Sketch of the medical history of the native army of Bombay, for the year
Year: 1870
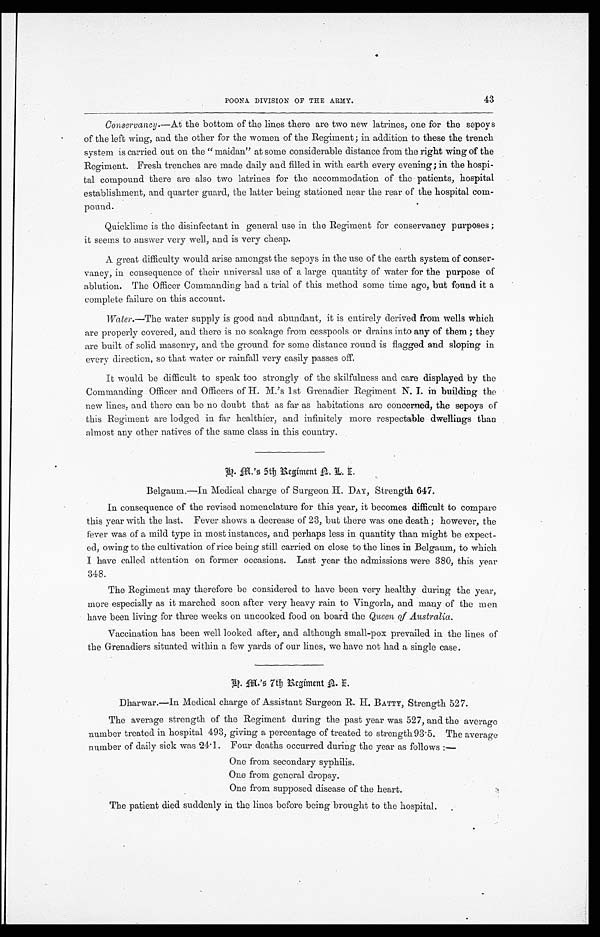
43
POONA DIVISION OF THE ARMY.
Conservancy.— At the bottom of the lines there are two new latrines, one for the sepoys
of the left wing, and the other for the women of the Regiment; in addition to these the trench
system is carried out on the "maidan" at some considerable distance from the right wing of the
Regiment. Fresh trenches are made daily and filled in with earth every evening; in the hospi
-tal compound there are also two latrines for the accommodation of the patients, hospital
establishment, and quarter guard, the latter being stationed near the rear of the hospital com
-pound.
Quicklime is the disinfectant in general use in the Regiment for conservancy purposes;
it seems to answer very well, and is very cheap.
A great difficulty would arise amongst the sepoys in the use of the earth system of conser
-vancy, in consequence of their universal use of a large quantity of water for the purpose of
ablution. The Officer Commanding had a trial of this method some time ago, but found it a
complete failure on this account.
Water .—The water supply is good and abundant, it is entirely derived from wells which
are properly covered, and there is no soakage from cesspools or drains into any of them; they
are built of solid masonry, and the ground for some distance round is flagged and sloping in
every direction, so that water or rainfall very easily passes off.
It would be difficult to speak too strongly of the skilfulness and care displayed by the
Commanding Officer and Officers of H. M.'s 1st Grenadier Regiment N. I. in building the
new lines, and there can be no doubt that as far as habitations are concerned, the sepoys of
this Regiment are lodged in far healthier, and infinitely more respectable dwellings than
almost any other natives of the same class in this country.
A.M.'s 5th Regiment A. L. I.
Belgaum.—In Medical charge of Surgeon H. DAY, Strength 647.
In consequence of the revised nomenclature for this year, it becomes difficult to compare
this year with the last. Fever shows a decrease of 23, but there was one death; however, the
fever was of a mild type in most instances, and perhaps less in quantity than might be expect
- e d , o w i n g t o t h e c u l t i v a t i o n o f r i c e b e i n g s t i l l c a r r i e d o n c l o s e t o t h e l i n e s i n B e l g a u m , t o w h i c h
I have called attention on former occasions. Last year the admissions were 380, this year
348.
The Regiment may therefore be considered to have been very healthy during the year,
more especially as it marched soon after very heavy rain to Vingorla, and many of the men
have been living for three weeks on uncooked food on board the Queen of Australia.
Vaccination has been well looked after, and although small-pox prevailed in the lines of
the Grenadiers situated within a few yards of our lines, we have not had a single case.
D . M . ' s 7 t h R e g i m e n t A . E .
Dharwar.—In Medical charge of Assistant Surgeon R. H. BATTY, Strength 527.
The average strength of the Regiment during the past year was 527, and the average
number treated in hospital 493, giving a percentage of treated to strength 93.5. The average
number of daily sick was 24.1. Four deaths occurred during the year as follows:—
One from secondary syphilis.
One from general dropsy.
One from supposed disease of the heart.
The patient died suddenly in the lines before being brought to the hospital.